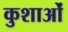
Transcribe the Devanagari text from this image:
कुशाओं